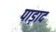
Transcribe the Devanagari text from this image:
पाड़ाद